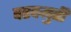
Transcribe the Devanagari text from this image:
वरदमुर्ती